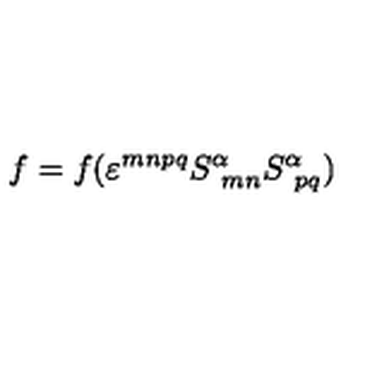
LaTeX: f = f ( \varepsilon ^ { m n p q } S _ { \ m n } ^ { \alpha } S _ { \ p q } ^ { \alpha } )